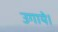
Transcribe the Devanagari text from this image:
उगाये।